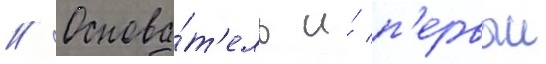
// Основа́т'ель и́ п'ервыи